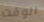
الوقت